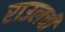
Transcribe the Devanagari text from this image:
राउलची